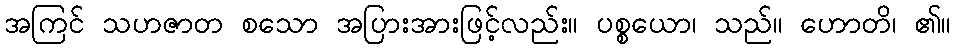
အကြင် သဟဇာတ စသော အပြားအားဖြင့်လည်း။ ပစ္စယော၊ သည်။ ဟောတိ၊ ၏။